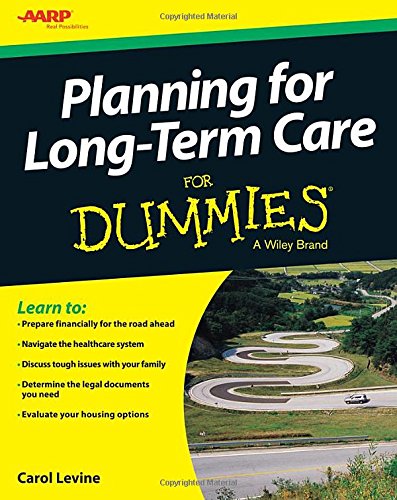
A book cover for Planning For Long-Term Care For Dummies; Carol Levine; Parenting & Relationships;